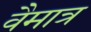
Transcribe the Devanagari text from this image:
वैमात्र